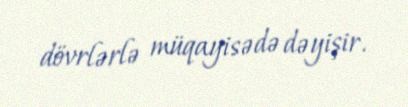
dövrlərlə müqayisədə dəyişir.